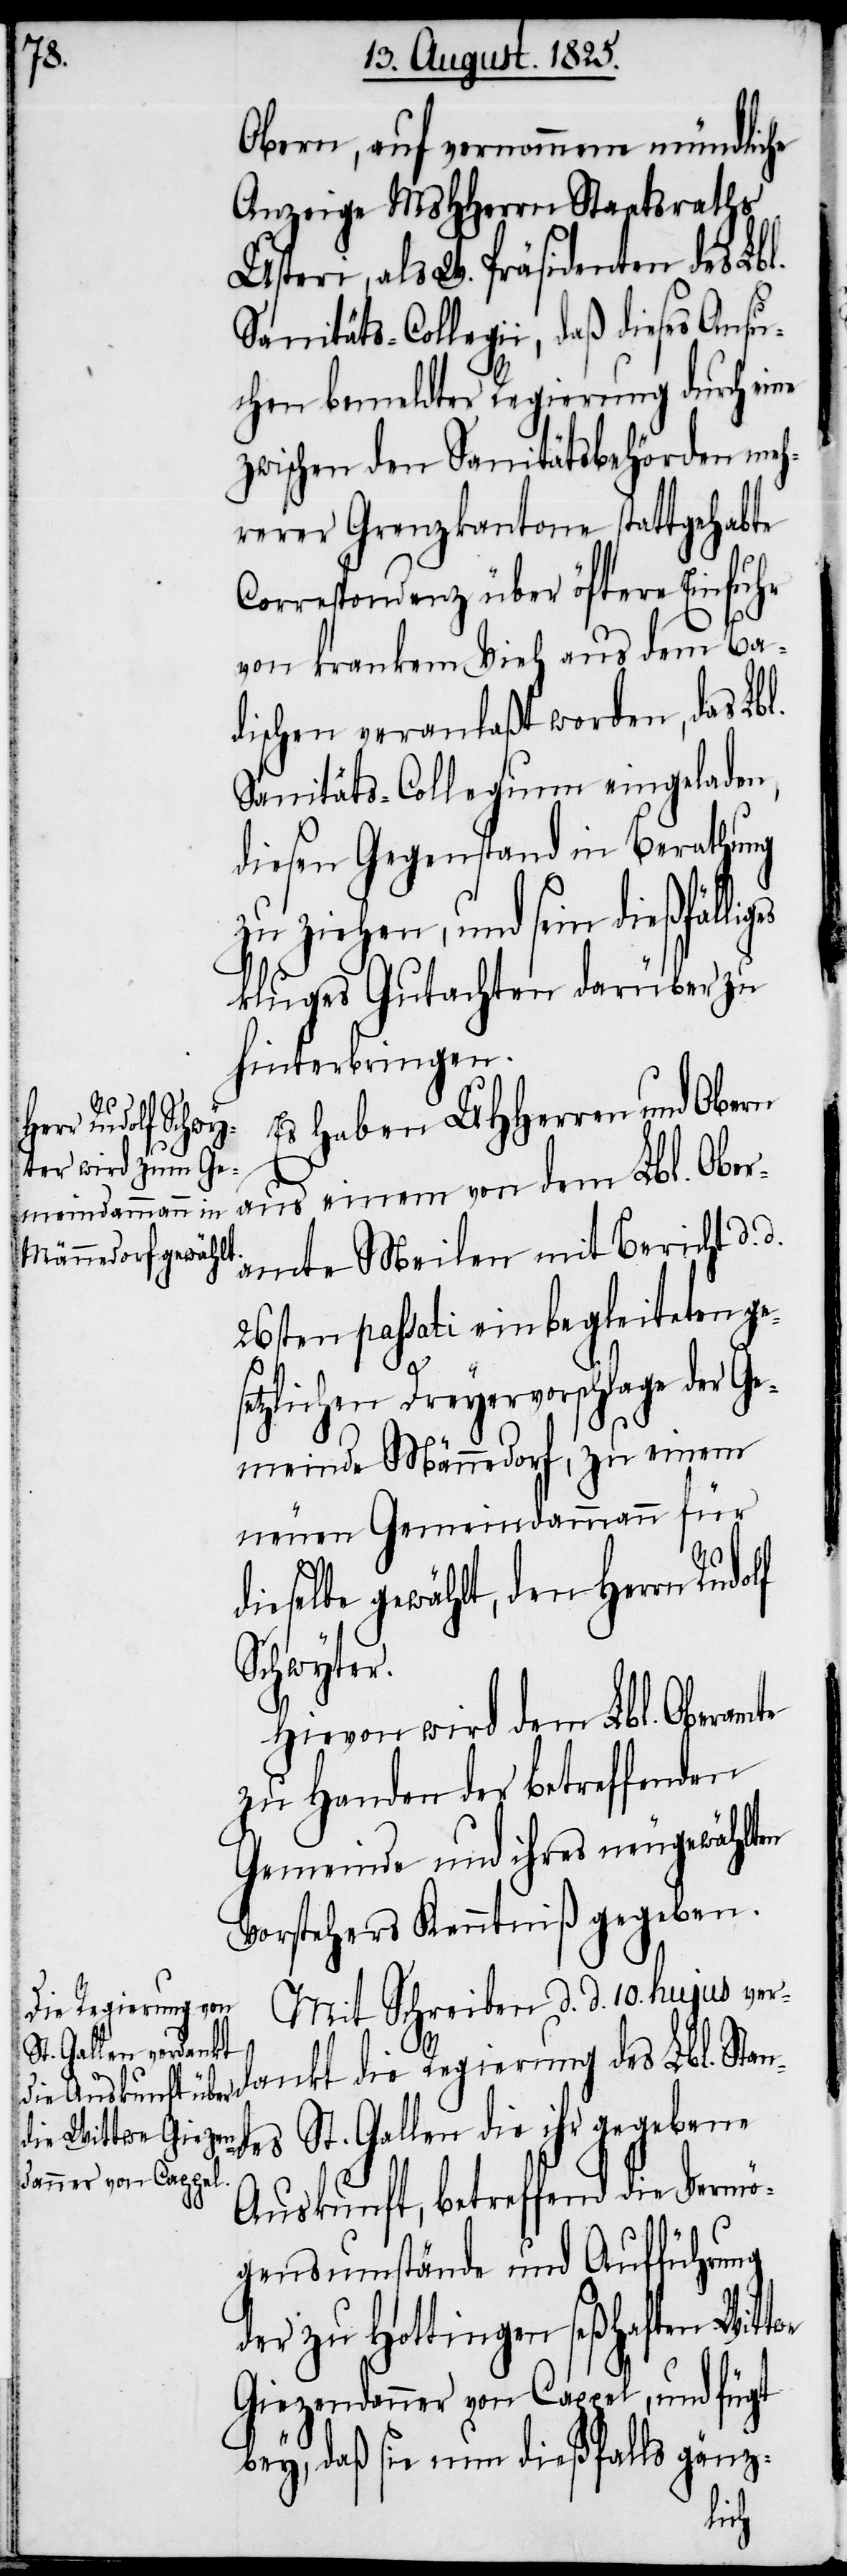
des

Obern, auf vernommene mündliche
Anzeige MsHHerrn Staatsraths
Usteri, als W. Präsidenten des Lbl.
Sanitäts-Collegii, daß diese Ansu¬
chen bemeldter Regierung durch eine
zwischen den Sanitätsbehörden meh¬
rerer Grenzkantone stattgehabte
Correspondenz über öftere Einfuhr
von krankem Vieh aus dem Ba¬
dischen veranlaßt worden, das Lbl.
Sanitäts-Collegium eingeladen,
diesen Gegenstand in Berathung
zu ziehen, und sein dießfällig¬
kluges Gutachten darüber zu
hinterbringen.
Es haben UHherren und Obern
aus einem von dem Lbl. Ober¬
amte Meilen mit Bericht d.
26sten passati einbegleiteten ges¬
etzlichen Dreyervorschlage der Ge¬
meinde Männedorf, zu einem
neuen Gemeindammann für
ieselbe gewählt, den Herrn
Schwyter.
Hievon wird dem Lbl. Oberamte
zu Handen der betreffenden
Gemeinde und ihres neugewählten
Vorstehers Kenntniß gegeben.
Mit Schreiben d. d. 10. hujus ver¬
St. Gallen die ihr
dankt die Regierung des Lbl. Stan¬
Auskunft, betreffend die Vermö¬
gensumstände und Aufführung
der zu Hottingen seßhaften Wittwe
Giezendanner von Cappel, und fügt
bey, daß sie nun dießfalls gänz-